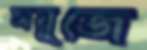
সয়ুজে